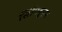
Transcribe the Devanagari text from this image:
सिंगिदुनुम